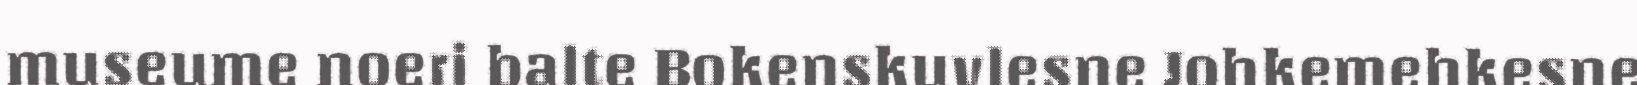
museume noeri balte Bokenskuvlesne Johkemehkesne